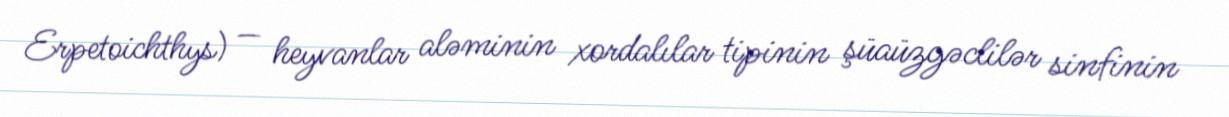
Erpetoichthys) — heyvanlar aləminin xordalılar tipinin şüaüzgəclilər sinfinin